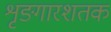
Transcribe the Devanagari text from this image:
शृङ्गारशतक